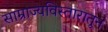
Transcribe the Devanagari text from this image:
साम्राज्यविस्तारातून